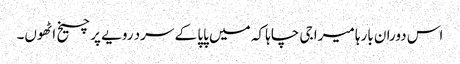
اس دوران بارہا میرا جی چاہا کہ میں پاپا کے سرد رویے پر چیخ اٹھوں۔